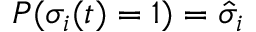
P ( \sigma _ { i } ( t ) = 1 ) = \hat { \sigma } _ { i }